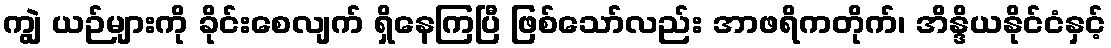
ကျွဲ ယဉ်များကို ခိုင်းစေလျက် ရှိနေကြပြီ ဖြစ်သော်လည်း အာဖရိကတိုက်၊ အိန္ဒိယနိုင်ငံနှင့်